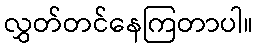
လွှတ်တင်နေကြတာပါ။